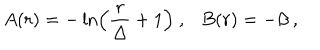
A ( r ) = - \ln \left( { \frac { r } { \Delta } } + 1 \right) ~ , B ( r ) = - \beta ~ ,